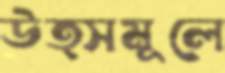
উত্সমূলে